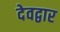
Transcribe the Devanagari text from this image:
देवद्वार